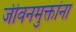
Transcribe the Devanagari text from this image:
जीवनमुक्तांना